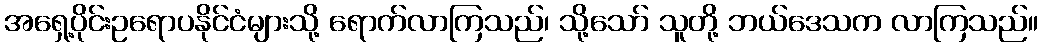
အရှေ့ပိုင်းဥရောပနိုင်ငံများသို့ ရောက်လာကြသည်၊ သို့သော် သူတို့ ဘယ်ဒေသက လာကြသည်။